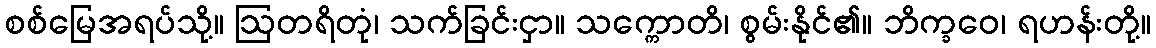
စစ်မြေအရပ်သို့။ ဩတရိတုံ၊ သက်ခြင်းငှာ။ သက္ကောတိ၊ စွမ်းနိုင်၏။ ဘိက္ခဝေ၊ ရဟန်းတို့။